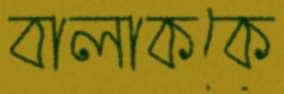
বালাককে